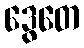
ဒွေတေ